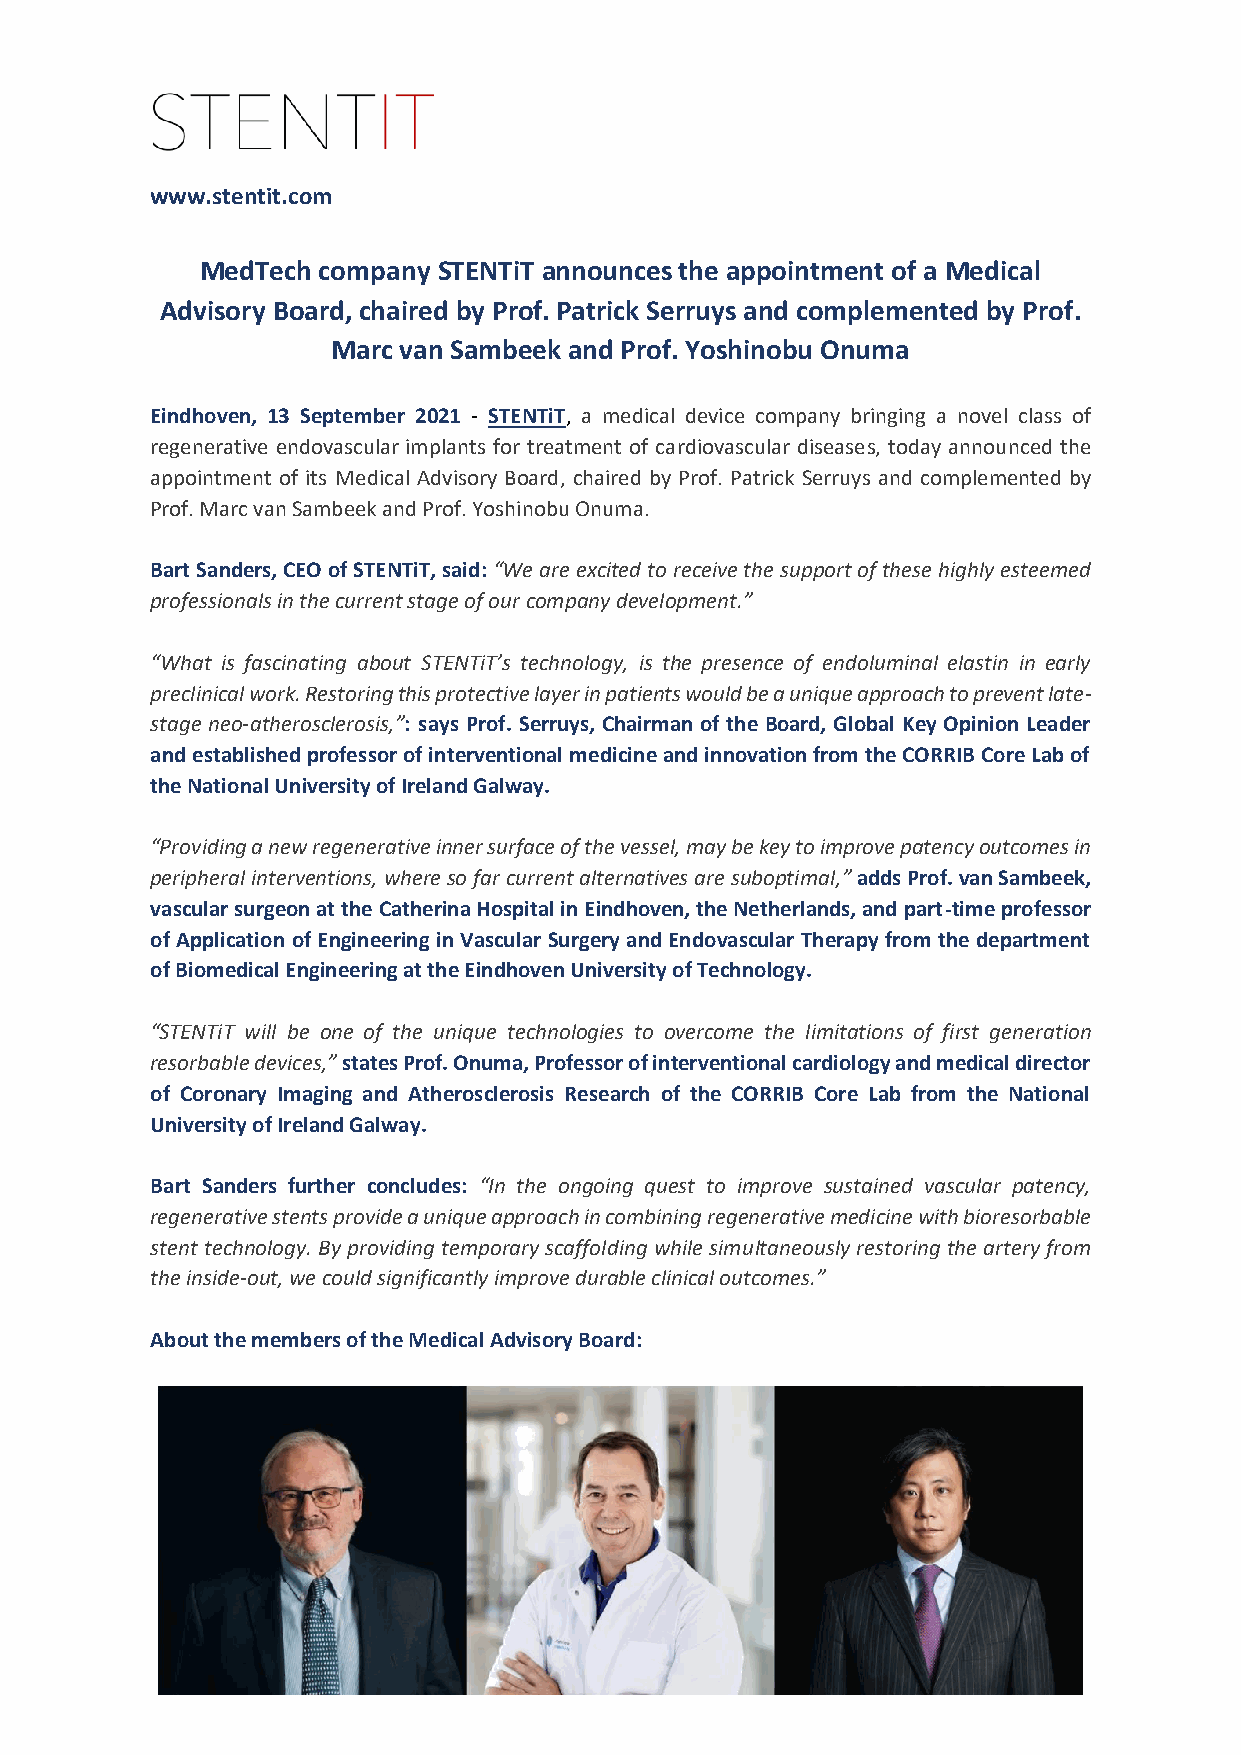
www.stentit.com
 MedTech company STENTiT announces the appointment of a Medical
 Advisory Board, chaired by Prof. Patrick Serruys and complemented by Prof.
 Marc van Sambeek and Prof. Yoshinobu Onuma
 Eindhoven, 13 September 2021 - STENTiT, a medical device company bringing a novel class of
 regenerative endovascular implants for treatment of cardiovascular diseases, today announced the
 appointment of its Medical Advisory Board, chaired by Prof. Patrick Serruys and complemented by
 Prof. Marc van Sambeek and Prof. Yoshinobu Onuma.
 Bart Sanders, CEO of STENTiT, said: “We are excited to receive the support of these highly esteemed
 professionals in the current stage of our company development.”
 “What is fascinating about STENTiT’s technology, is the presence of endoluminal elastin in early
 preclinical work. Restoring this protective layer in patients would be a unique approach to prevent late-
 stage neo-atherosclerosis,”: says Prof. Serruys, Chairman of the Board, Global Key Opinion Leader
 and established professor of interventional medicine and innovation from the CORRIB Core Lab of
 the National University of Ireland Galway.
 “Providing a new regenerative inner surface of the vessel, may be key to improve patency outcomes in
 peripheral interventions, where so far current alternatives are suboptimal,” adds Prof. van Sambeek,
 vascular surgeon at the Catherina Hospital in Eindhoven, the Netherlands, and part-time professor
 of Application of Engineering in Vascular Surgery and Endovascular Therapy from the department
 of Biomedical Engineering at the Eindhoven University of Technology.
 “STENTiT will be one of the unique technologies to overcome the limitations of first generation
 resorbable devices,” states Prof. Onuma, Professor of interventional cardiology and medical director
 of Coronary Imaging and Atherosclerosis Research of the CORRIB Core Lab from the National
 University of Ireland Galway.
 Bart Sanders further concludes: “In the ongoing quest to improve sustained vascular patency,
 regenerative stents provide a unique approach in combining regenerative medicine with bioresorbable
 stent technology. By providing temporary scaffolding while simultaneously restoring the artery from
 the inside-out, we could significantly improve durable clinical outcomes.”
 About the members of the Medical Advisory Board: